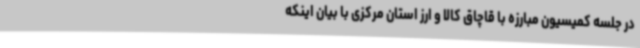
در جلسه کمیسیون مبارزه با قاچاق کالا و ارز استان مرکزی با بیان اینکه